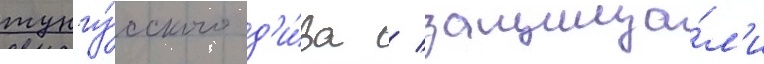
тунгу́сского д'и́ва / защища́л'и